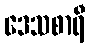
ဒေသစာရီ